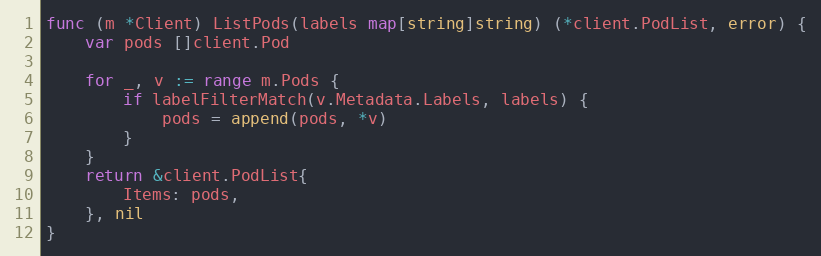
Language: Go
func (m *Client) ListPods(labels map[string]string) (*client.PodList, error) {
	var pods []client.Pod

	for _, v := range m.Pods {
		if labelFilterMatch(v.Metadata.Labels, labels) {
			pods = append(pods, *v)
		}
	}
	return &client.PodList{
		Items: pods,
	}, nil
}